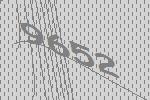
9652